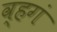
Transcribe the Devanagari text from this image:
व्हगं